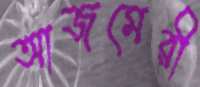
আজমেরী